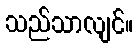
သည်သာလျင်။